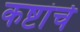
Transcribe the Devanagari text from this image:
कष्टांचे